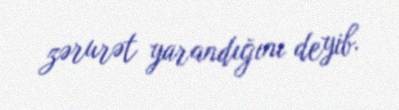
zərurət yarandığını deyib.